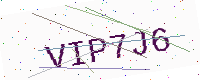
Text: VIP7J6